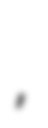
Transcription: شرمدشت,